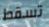
تسقط